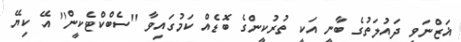
ޣަޒްނަވީ ދައުލަތުގެ ބާނީ އަކީ ތުރުކީންގެ ބޮޑެއް ކަމުގައިވާ ''ސެބްކްޓެކީން'' އޭ ކިޔޭ